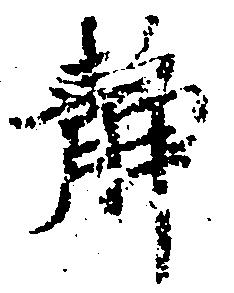
静